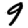
Digit: 9